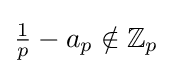
{\tfrac {1}{p}}-a_{p}\notin \mathbb {Z} _{p}